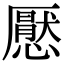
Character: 懕